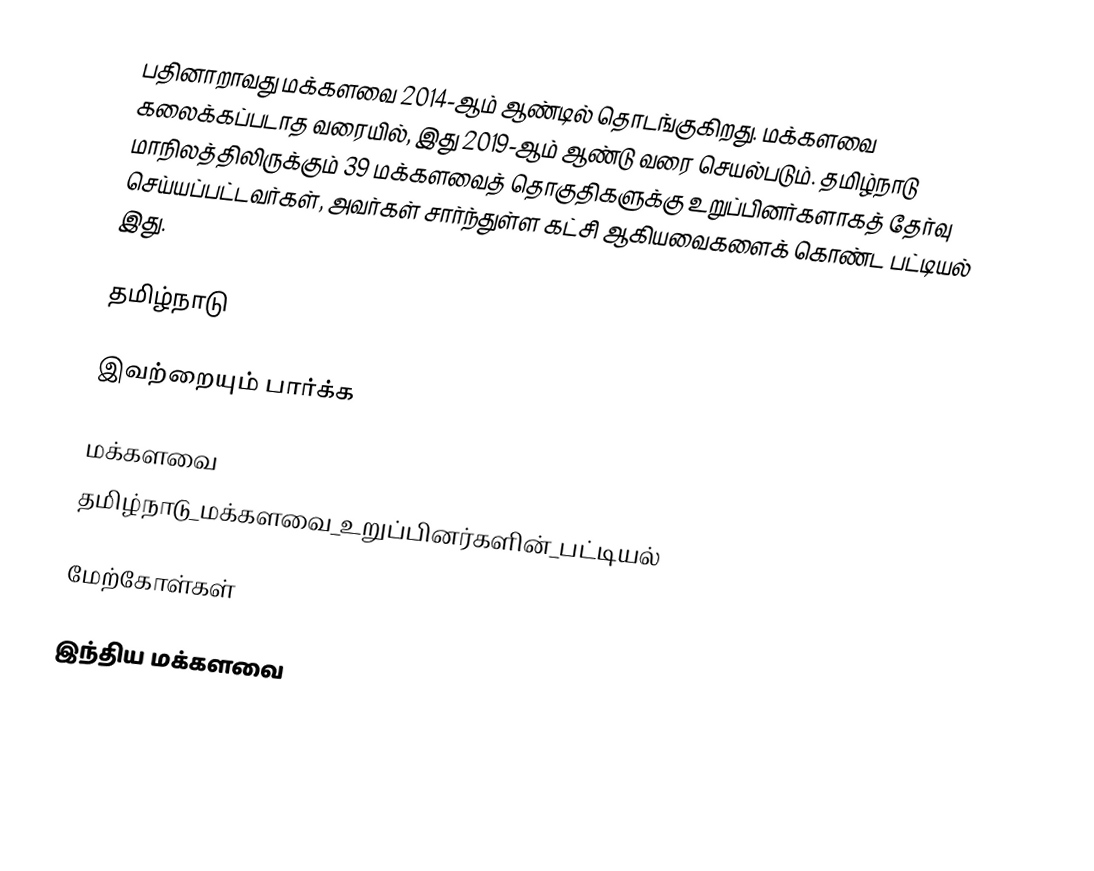
பதினாறாவது மக்களவை 2014-ஆம் ஆண்டில் தொடங்குகிறது. மக்களவை கலைக்கப்படாத வரையில், இது 2019-ஆம் ஆண்டு வரை செயல்படும். தமிழ்நாடு மாநிலத்திலிருக்கும் 39 மக்களவைத் தொகுதிகளுக்கு உறுப்பினர்களாகத் தேர்வு செய்யப்பட்டவர்கள், அவர்கள் சார்ந்துள்ள கட்சி ஆகியவைகளைக் கொண்ட பட்டியல் இது.

தமிழ்நாடு

இவற்றையும் பார்க்க

 மக்களவை
 தமிழ்நாடு_மக்களவை_உறுப்பினர்களின்_பட்டியல்

மேற்கோள்கள்

இந்திய மக்களவை